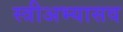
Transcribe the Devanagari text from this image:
स्त्रीअभ्यासव